Subject: eess
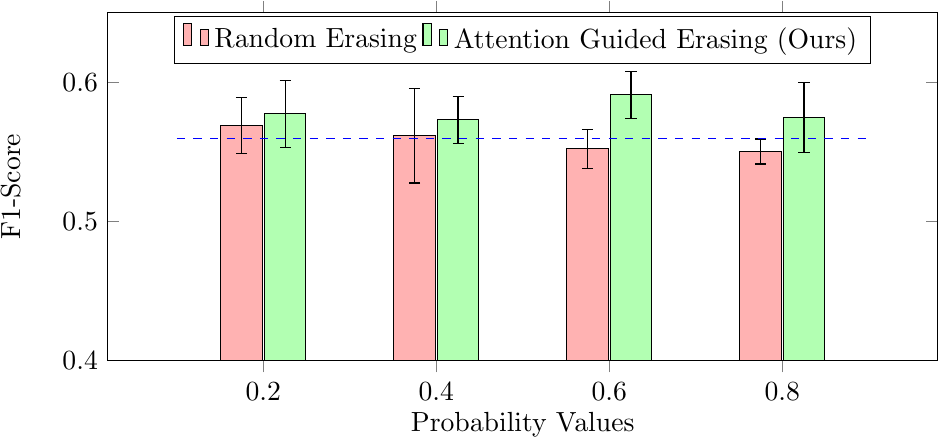
LaTeX code:
    \begin{tikzpicture}
        \begin{axis}[
            width=\textwidth,
            height=6cm,
            xtick={0,0.2,0.4,0.6,0.8},
            xlabel={Probability Values},
            ylabel=F1-Score,
            ymin=0.4,
            ymax=0.65,
            legend style={at={(0.5,0.99)}, anchor=north, legend columns=-1},
            ybar=0.75,
            bar width=15pt, % Adjusted bar width
            enlarge x limits=0.3, % Adjusted enlargement
        ]

        \addplot[fill=red!30, draw=black, error bars/.cd, y dir=both, y explicit] coordinates {
            (0.2, 0.5691) +- (0, 0.020)
            (0.4, 0.5617) +- (0, 0.034)
            (0.6, 0.5522) +- (0, 0.014)
            (0.8, 0.5503) +- (0, 0.009)
        };

        \addplot[fill=green!30, draw=black, error bars/.cd, y dir=both, y explicit] coordinates {
            (0.2, 0.5774) +- (0, 0.024)
            (0.4, 0.5731) +- (0, 0.017)
            (0.6, 0.591) +- (0, 0.017)
            (0.8, 0.5747) +- (0, 0.025)
        };

        \node[anchor=north] at (axis cs:0, 0.5594) {};
        \draw[blue, dashed] (axis cs:0.1, 0.5594) -- (axis cs:0.9, 0.5594);

        \legend{Random Erasing, Attention Guided Erasing (Ours)}
        \end{axis}
    \end{tikzpicture}